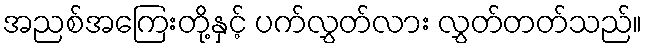
အညစ်အကြေးတို့နှင့် ပက်လွှတ်လား လွှတ်တတ်သည်။